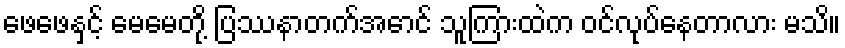
ဖေဖေနှင့် မေမေတို့ ပြဿနာတက်အောင် သူကြားထဲက ဝင်လုပ်နေတာလား မသိ။